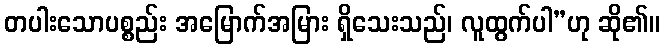
တပါးသောပစ္စည်း အမြောက်အမြား ရှိသေးသည်၊ လူထွက်ပါ”ဟု ဆို၏။